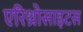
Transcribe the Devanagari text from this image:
एरिथ्रोसाइटस